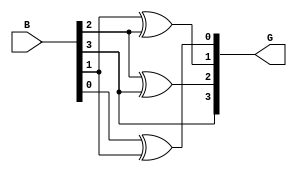
module GrayCodeEncoder #(parameter N = 4) (
    input  wire [N-1:0] B,   // n-bit binary input
    output wire [N-1:0] G    // n-bit Gray code output
);

    // Assign the MSB of Gray code to be equal to the MSB of binary input
    assign G[N-1] = B[N-1];

    // Generate the remaining Gray code bits using XOR operations
    genvar i;
    generate
        for (i = N-2; i >= 0; i = i - 1) begin : gray_code_gen
            assign G[i] = B[i] ^ B[i+1]; // G[i] = B[i] XOR B[i+1]
        end
    endgenerate

endmodule